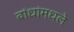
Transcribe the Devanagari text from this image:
बांधांमधले